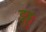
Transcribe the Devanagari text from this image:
डुड्डु